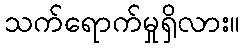
သက်ရောက်မှုရှိလား။